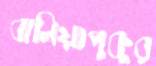
বালিয়াপুকুর